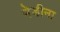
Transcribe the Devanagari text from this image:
मेडीना